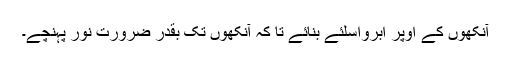
آنکھوں کے اوپر اَبرواِسلئے بنائے تا کہ آنکھوں تک بقدر ضرورت نور پہنچے۔